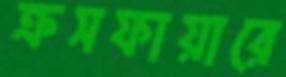
ক্রসফায়ারে